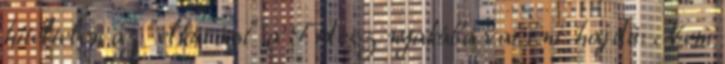
hiteltelen az "elkúrást" a Fidesz nyakába varrni. hajdú: Nem